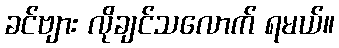
ခင်ဗျား လိုချင်သလောက် ရမယ်။